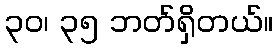
၃၀၊ ၃၅ ဘတ်ရှိတယ်။